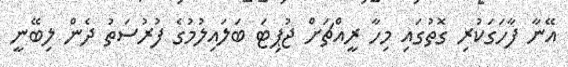
އޭނާ ފާހަގަކުރި ގޮތުގައި މިހާ ރީއްޗަށް ޖުޕިޓަ ބަލައިލުމުގެ ފުރުސަތު ދެން ލިބޭނީ